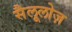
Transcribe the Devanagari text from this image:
सैलूलोज़